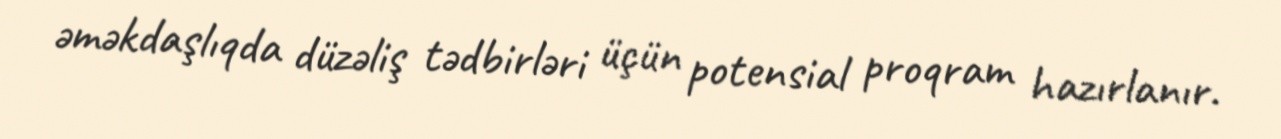
əməkdaşlıqda düzəliş tədbirləri üçün potensial proqram hazırlanır.